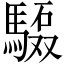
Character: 𲋺